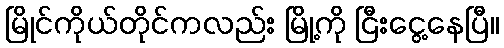
မြိုင်ကိုယ်တိုင်ကလည်း မြို့ကို ငြီးငွေ့နေပြီ။